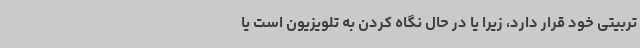
تربیتی خود قرار دارد، زیرا یا در حال نگاه کردن به تلویزیون است یا